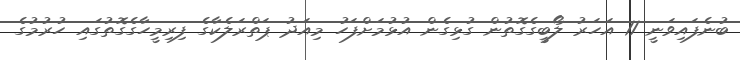
ބުނެފައިވަނީ 11 އަހަރު ލޯބީގެގޮތުން ގުޅިގެން އުޅުމަށްފަހު މިއަދު ޕަތްރަލެކާގެ ފިރިމީހާގެގޮތުގައި ހުރުމުގެ